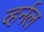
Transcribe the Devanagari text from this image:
व्हर्नल